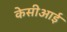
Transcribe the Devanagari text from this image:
केसीआई